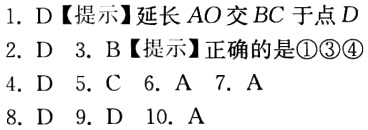
1. D【提示】延长 \(AO\) 交 \(BC\) 于点 \(D\)
2. D 3. B【提示】正确的是\textcircled{1}\textcircled{3}\textcircled{4}
4. D 5. C 6. A 7. A
8. D 9. D 10. A